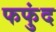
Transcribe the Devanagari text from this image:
फफुंद